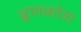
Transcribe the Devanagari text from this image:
भ्रूणकोश